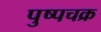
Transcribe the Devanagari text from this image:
पुष्पचक्र